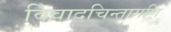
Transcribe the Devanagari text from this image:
विवादचिन्तामणि